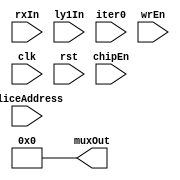
`timescale 1ns / 1ps
//////////////////////////////////////////////////////////////////////////////////
// Company: 
// Engineer: 
// 
// Design Name: 
// Module Name: CombinedQueue
// Project Name: 
// Target Devices: 
// Tool Versions: 
// Description: 
// 
// Dependencies: 
// 
// Revision:
// Revision 0.01 - File Created
// Additional Comments:
// 
//////////////////////////////////////////////////////////////////////////////////


module CombinedQueue(
        muxOut,
        rxIn,
        ly1In, // Change #1
        iter0, //change #9
        sliceAddress,
        wrEn,
        chipEn,
        clk,
        rst
);

parameter w = 6; // Width 
parameter r = 52; // Rows of FIFO and input symbol count // Change #2 
parameter c = 17; // Columns of FIFO
parameter muxOutSymbols = 26 * 2;
parameter maxVal = 63;
parameter lowerR = 32; //Change #4
input [ lowerR * w - 1 : 0 ]rxIn;
input [ r * w - 1 : 0 ]ly1In; // Change #3
wire [w-1:0]rxInConnector[lowerR-1:0];
wire [w-1:0]ly1InConnector[r-1:0]; // Change #5

output wire [ muxOutSymbols * w - 1 : 0]muxOut;
reg [w-1:0]muxOutConnector[ muxOutSymbols  - 1 : 0];

input [4:0]sliceAddress;
input iter0; // cahnge #10
input chipEn,wrEn;
input clk,rst;

reg [w-1:0] fifoOut[r-1:0][c-1:0]; // FIFO Outputs

genvar k;

generate
for (k=0;k<muxOutSymbols;k=k+1)begin:assign_output
assign muxOut[ (k+1)*w-1:k*w] = muxOutConnector[k];
end
endgenerate

generate
for (k=0;k<r;k=k+1)begin:assign_input
    assign ly1InConnector[k] = ly1In[(k+1)*w-1:k*w];  // change #7
    if(k < lowerR)begin // Since data from input has lower rows change #6
        assign rxInConnector[k] = rxIn[(k+1)*w-1:k*w];
    end // change #8
end
endgenerate

integer i;
integer j;

always@(posedge clk)begin
if (rst) begin          
    for(i=0;i<r;i=i+1)begin
       for(j=0;j<c;j=j+1)begin
            fifoOut[i][j] <= 0;
       end  
    end
end
else if(chipEn) begin // Chip enable, shift
    
    //LOAD inputs
    if(wrEn)begin // Whether to accept input or not
        //Accept input
        for(i = r-1; i > -1; i=i-1) begin
            if(iter0)begin // CHANGE 11 START
                if(i < lowerR)begin
                    fifoOut[i][0] <= rxInConnector[i];
                end
                else begin
                    fifoOut[i][0] <= maxVal; // Input width lower so fill remaining with maxVal (or 0) 
                end
            end
            else begin
                fifoOut[i][0] <= ly1InConnector[i];
            end       // CHANGE 11 END
        end
    end
    else begin
        // If input is not to be accepted, fifo's first row keeps the same values 
        for(i = r-1; i > -1; i=i-1) begin
            fifoOut[i][0] <= fifoOut[i][0];       
        end
    end
    //Shifting process
    // Set (i,j)th value = (i,j-1)th value (except column 0)
    for(i = r-1; i > -1; i=i-1) begin
        for(j= c-1; j > 0; j=j-1)begin
            fifoOut[i][j] <=  fifoOut[i][j-1];       
        end
    end
end
else begin
    for(i=0;i<r;i=i+1)begin
       for(j=0;j<c;j=j+1)begin
            fifoOut[i][j] <= fifoOut[i][j];
       end  
    end 
end
end

// MUX WIRING
always@(*)begin

// Stuff
case({iter0,sliceAddress}) // Change #12
default: begin
     for(i=0;i<muxOutSymbols;i=i+1)begin
      muxOutConnector[i] = 0; // change #13
     end
end
endcase
end
endmodule